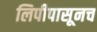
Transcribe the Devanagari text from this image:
लिपीपासूनच